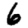
Digit: 6